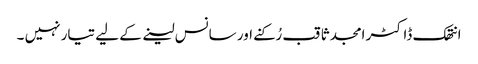
انتھک ڈاکٹر امجد ثاقب رُکنے اور سانس لینے کے لیے تیار نہیں ۔